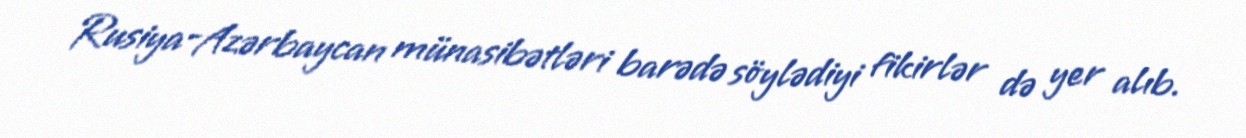
Rusiya-Azərbaycan münasibətləri barədə söylədiyi fikirlər də yer alıb.